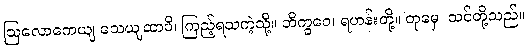
ဩလောကေယျ သေယျထာပိ၊ ကြည့်ရသကဲ့သို့။ ဘိက္ခဝေ၊ ရဟန်းတို့။ တုမှေ၊ သင်တို့သည်။